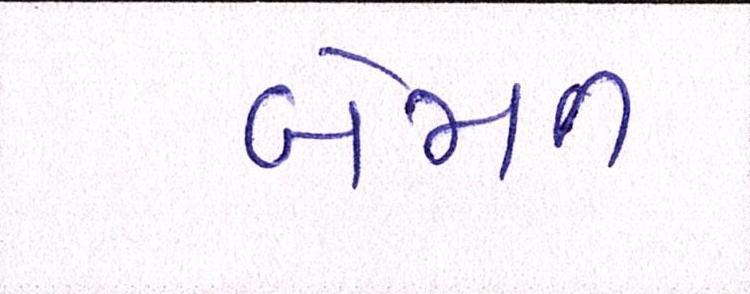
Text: બેમત